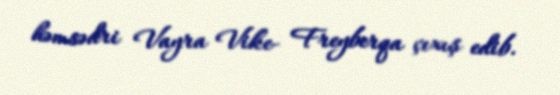
həmsədri Vayra Vike- Freyberqa çıxış edib.